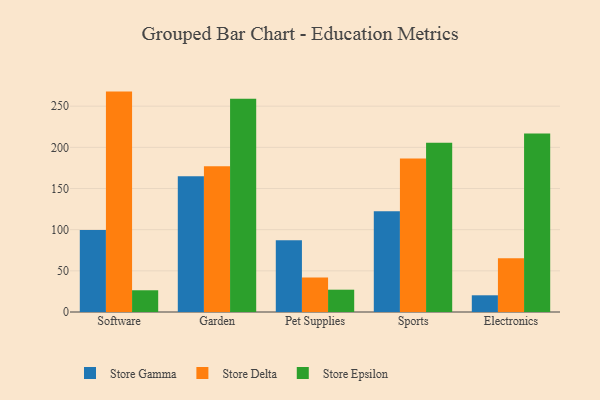
{"axis": {"x": "Category", "y": "LTV (USD)"}, "legend": ["Store Delta", "Store Epsilon", "Store Gamma"], "data": [{"x": "Software", "y": 99.7, "type": "Store Gamma"}, {"x": "Software", "y": 267.7, "type": "Store Delta"}, {"x": "Software", "y": 26.4, "type": "Store Epsilon"}, {"x": "Garden", "y": 164.8, "type": "Store Gamma"}, {"x": "Garden", "y": 177.0, "type": "Store Delta"}, {"x": "Garden", "y": 258.9, "type": "Store Epsilon"}, {"x": "Pet Supplies", "y": 87.1, "type": "Store Gamma"}, {"x": "Pet Supplies", "y": 41.9, "type": "Store Delta"}, {"x": "Pet Supplies", "y": 27.1, "type": "Store Epsilon"}, {"x": "Sports", "y": 122.3, "type": "Store Gamma"}, {"x": "Sports", "y": 186.4, "type": "Store Delta"}, {"x": "Sports", "y": 205.6, "type": "Store Epsilon"}, {"x": "Electronics", "y": 20.3, "type": "Store Gamma"}, {"x": "Electronics", "y": 65.4, "type": "Store Delta"}, {"x": "Electronics", "y": 216.7, "type": "Store Epsilon"}]}